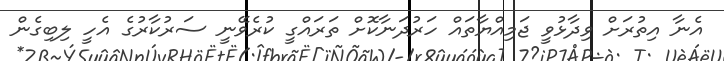
އެނާ އިތުރަށް ވިދާޅުވީ ޖަމިއްޔާތައް ހަރުދަނާކޮށް ތަރައްގީ ކުރެވޭނީ ސަރުކާރުގެ އެހީ ލިބިގެން